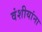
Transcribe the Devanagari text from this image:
वंशीयांना